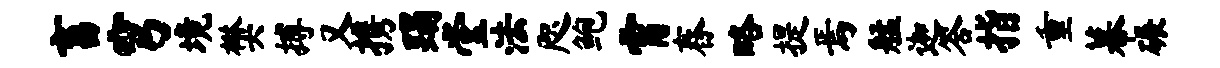
畜穹境樊搏又携蹋堂法咫鲍霄舂略提焉艋迦答指重幕碾